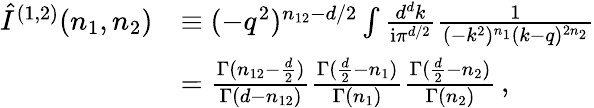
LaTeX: \begin{array}{rl}{\hat{I}^{(1,2)}(n_{1},n_{2})}&{\equiv(-q^{2})^{n_{12}-d/2}\int\frac{d^{d}k}{{\mathrm{i}\pi^{d/2}}}\frac{1}{(-k^{2})^{n_{1}}(k-q)^{2n_{2}}}}\\ &{=\frac{\Gamma(n_{12}-\frac{d}{2})}{\Gamma(d-n_{12})}\frac{\Gamma(\frac{d}{2}-n_{1})}{\Gamma(n_{1})}\frac{\Gamma(\frac{d}{2}-n_{2})}{\Gamma(n_{2})}\, ,}\end{array}